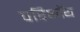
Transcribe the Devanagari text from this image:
परिभाॅय